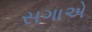
સગાએ